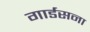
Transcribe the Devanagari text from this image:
गार्डसना